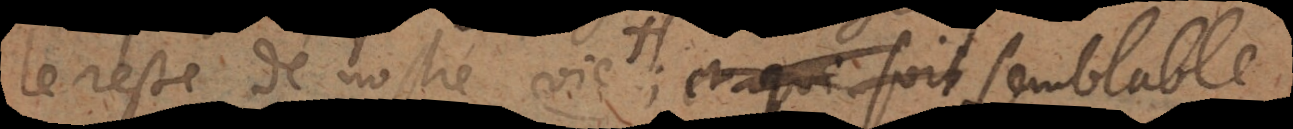
le reste de nostre vie et qui soit semblable